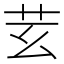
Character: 𦬜